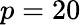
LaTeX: p=20